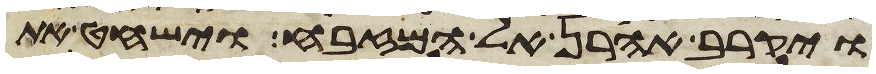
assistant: ויקרב אהרן אל המזבח וישחט את